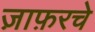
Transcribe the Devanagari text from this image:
ज़ाफ़रचे